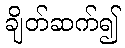
ချိတ်ဆက်၍